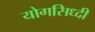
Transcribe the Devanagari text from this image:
योगसिध्दी